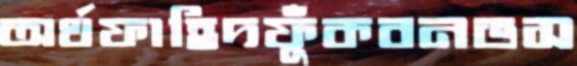
অর্থফাহিদফুঁকবনভস